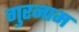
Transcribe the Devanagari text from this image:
गुरनाम